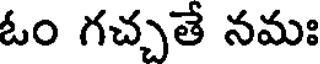
ఓం గచ్చతే నమః